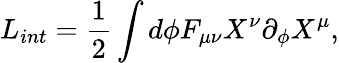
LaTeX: L_{int}=\frac{1}{2}\int d\phi F_{\mu\nu}X^{\nu}\partial_{\phi}X^{\mu},